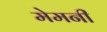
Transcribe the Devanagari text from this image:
मेमनी